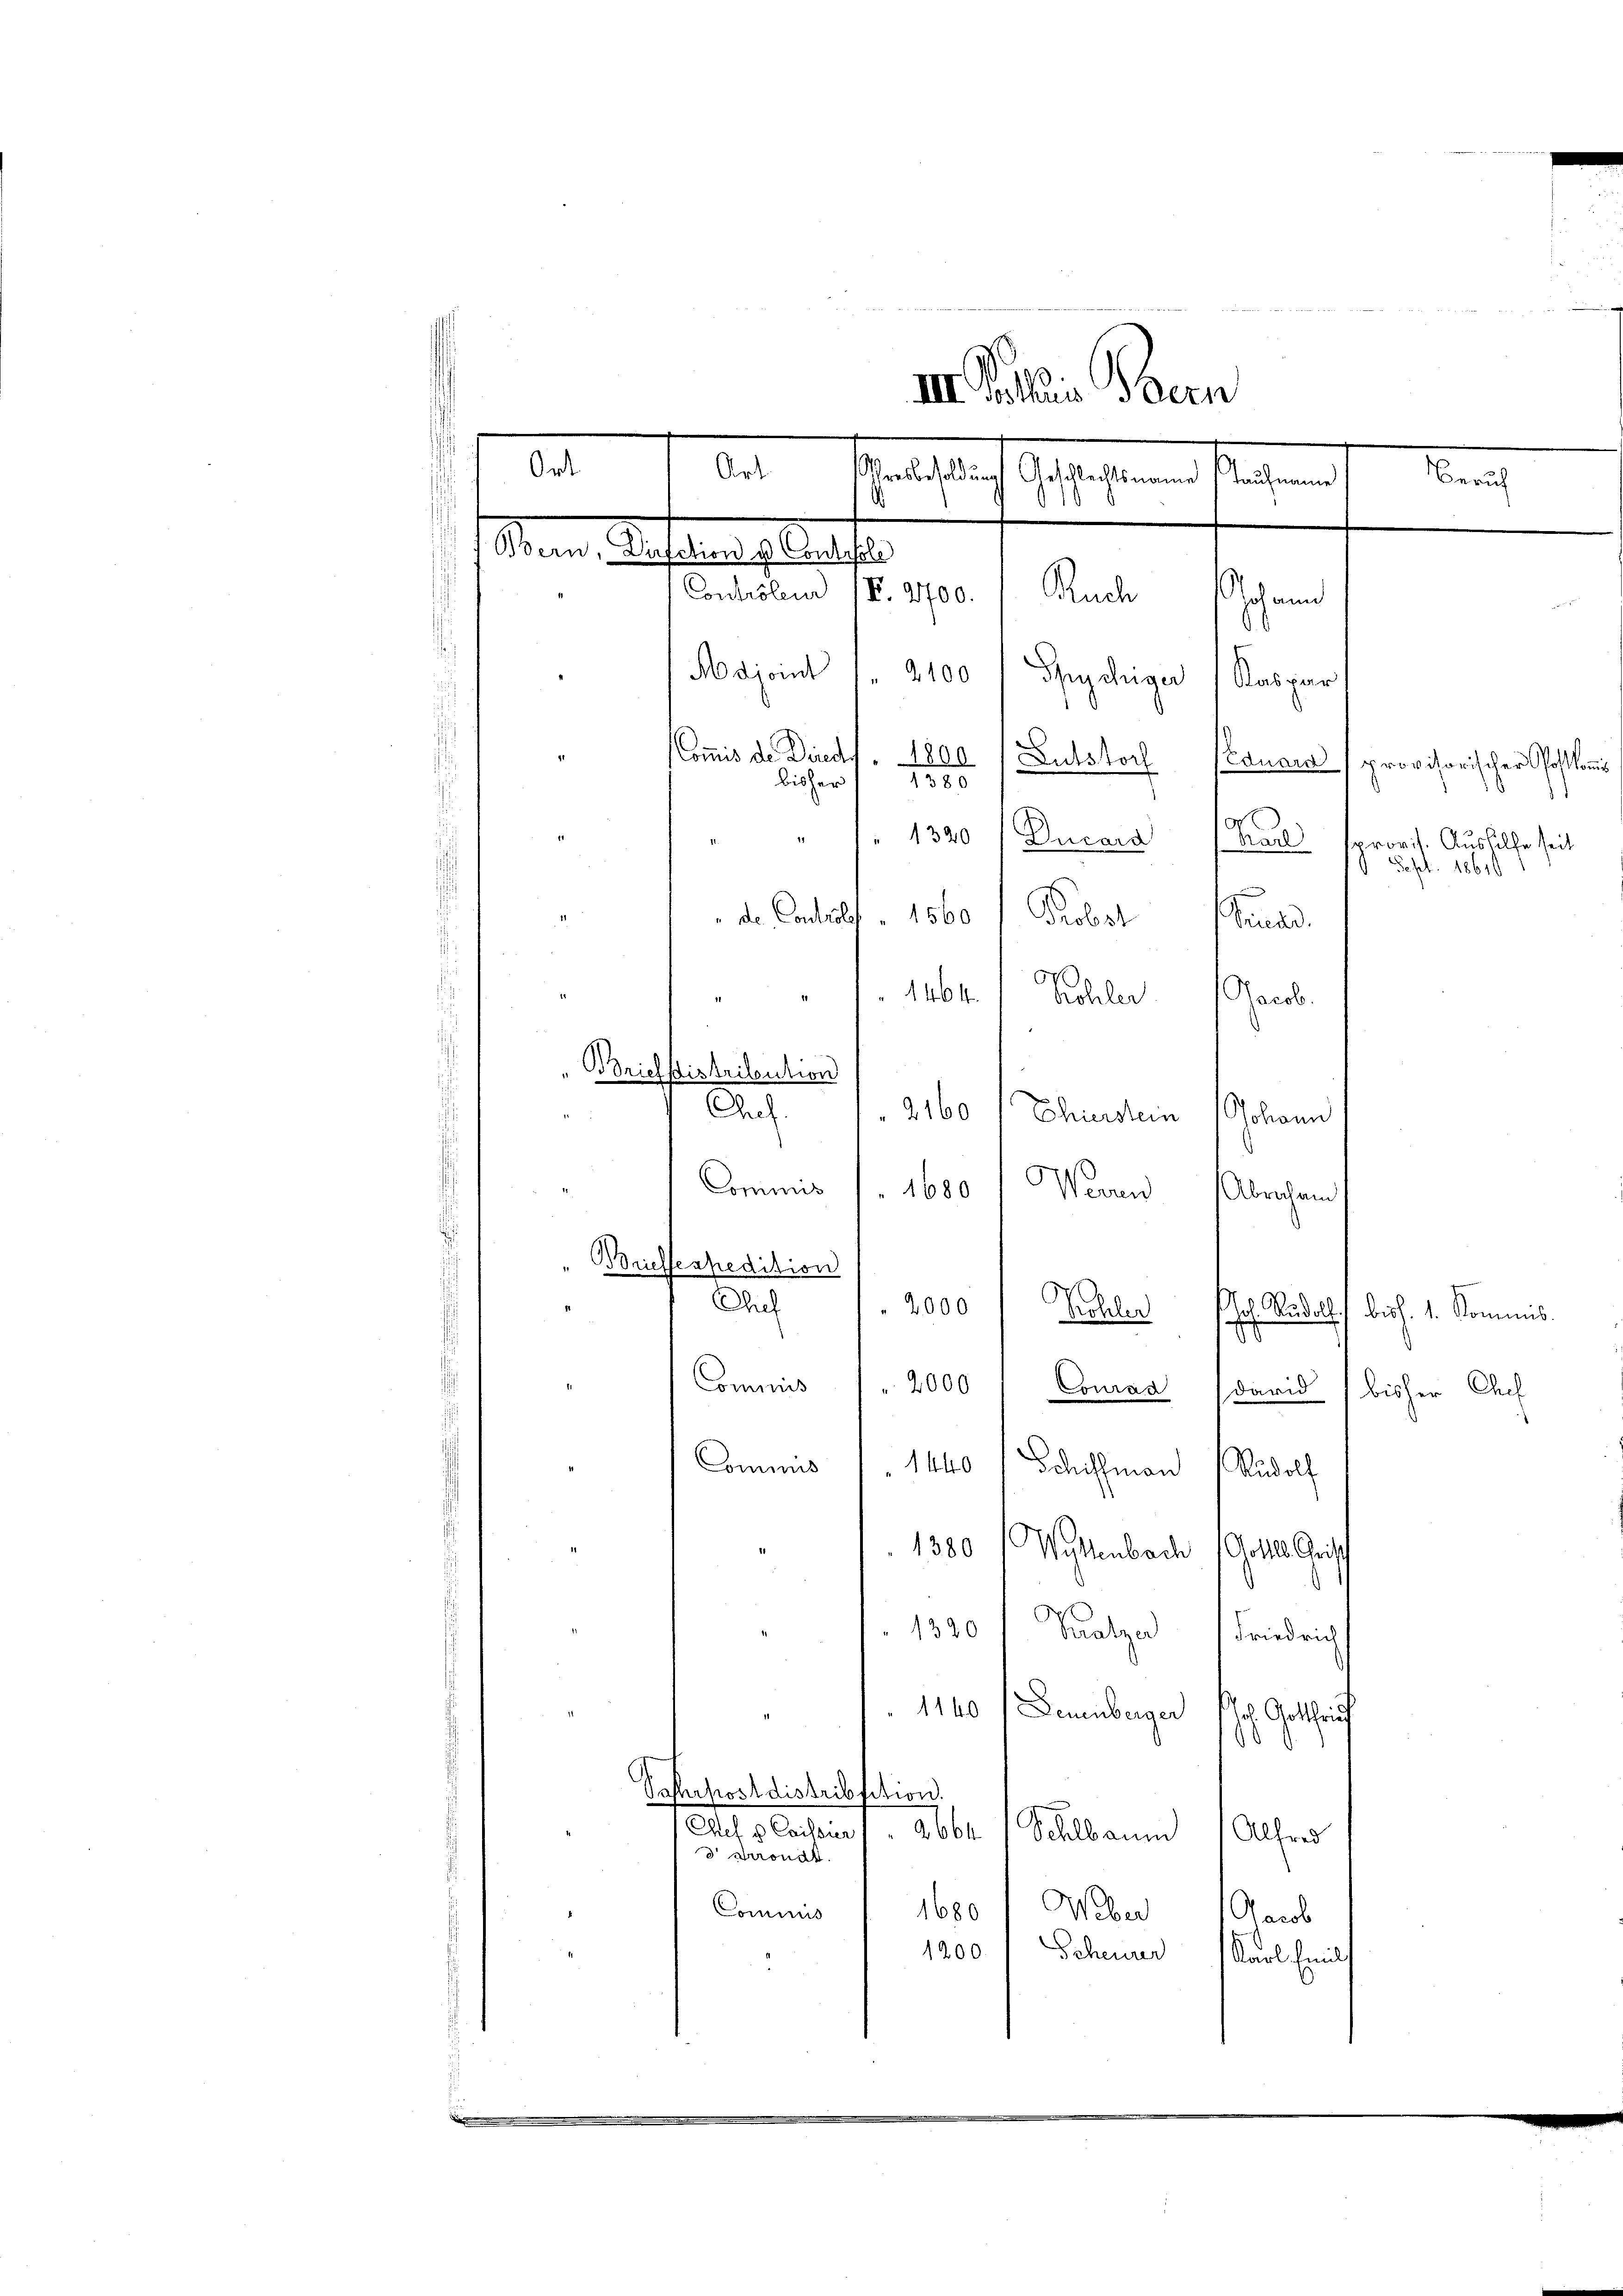
e
III. Pallis Bern
121. d. Menschlich gestehend
Barch
Taufname
.
Seine Referanlage des fer
Controleur 1. 2700.
Rache
Schad

Adjoint
2100
Spydige Kaspar
Commis de Druckt. 1800
Lusskorh
Eduard provisorischer Postkommis
138 x
bisher
41
1320 Ducara Char
provis. Aushilfe seit
6 Sept. 18616

" de Contolf, 1560 / Probst und
1464
Jacob.
Kohler
Brieflistribution
Ach.
2160
Ehierstein Johann
Commis
Wenn
1680
Abrechen s
Buessespedition
G
Chef
2000
Rudolf.
Röhler
s
Commis / 2000 Conrad (david bisher Chef
Commis (1440 / Schmann Rudolf
1380 (Wettenbach Gottes Christ
1390 f. Satze Friedrich
1140 (Dernberger
ol. Gottheif
.
Paukost distribsition.
Chef u Cassier
abbr. 1 Schlbaum
Alfred
 Kronat
Commis
1600 Weber 1 Jacob
1200 Scheiner Karl Emil

biss. 1. Kommis.